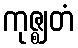
ကုဇ္ဈတံ